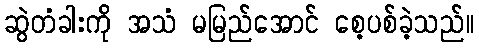
ဆွဲတံခါးကို အသံ မမြည်အောင် စေ့ပစ်ခဲ့သည်။